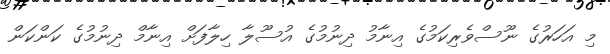
މި އަހަރުގެ ނޫސްވެރިކަމުގެ އިނާމު ދިނުމުގެ އުސޫލާ ހިލާފަށް އިނާމް ދިނުމުގެ ކަންކަން